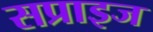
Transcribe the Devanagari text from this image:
सप्राइज